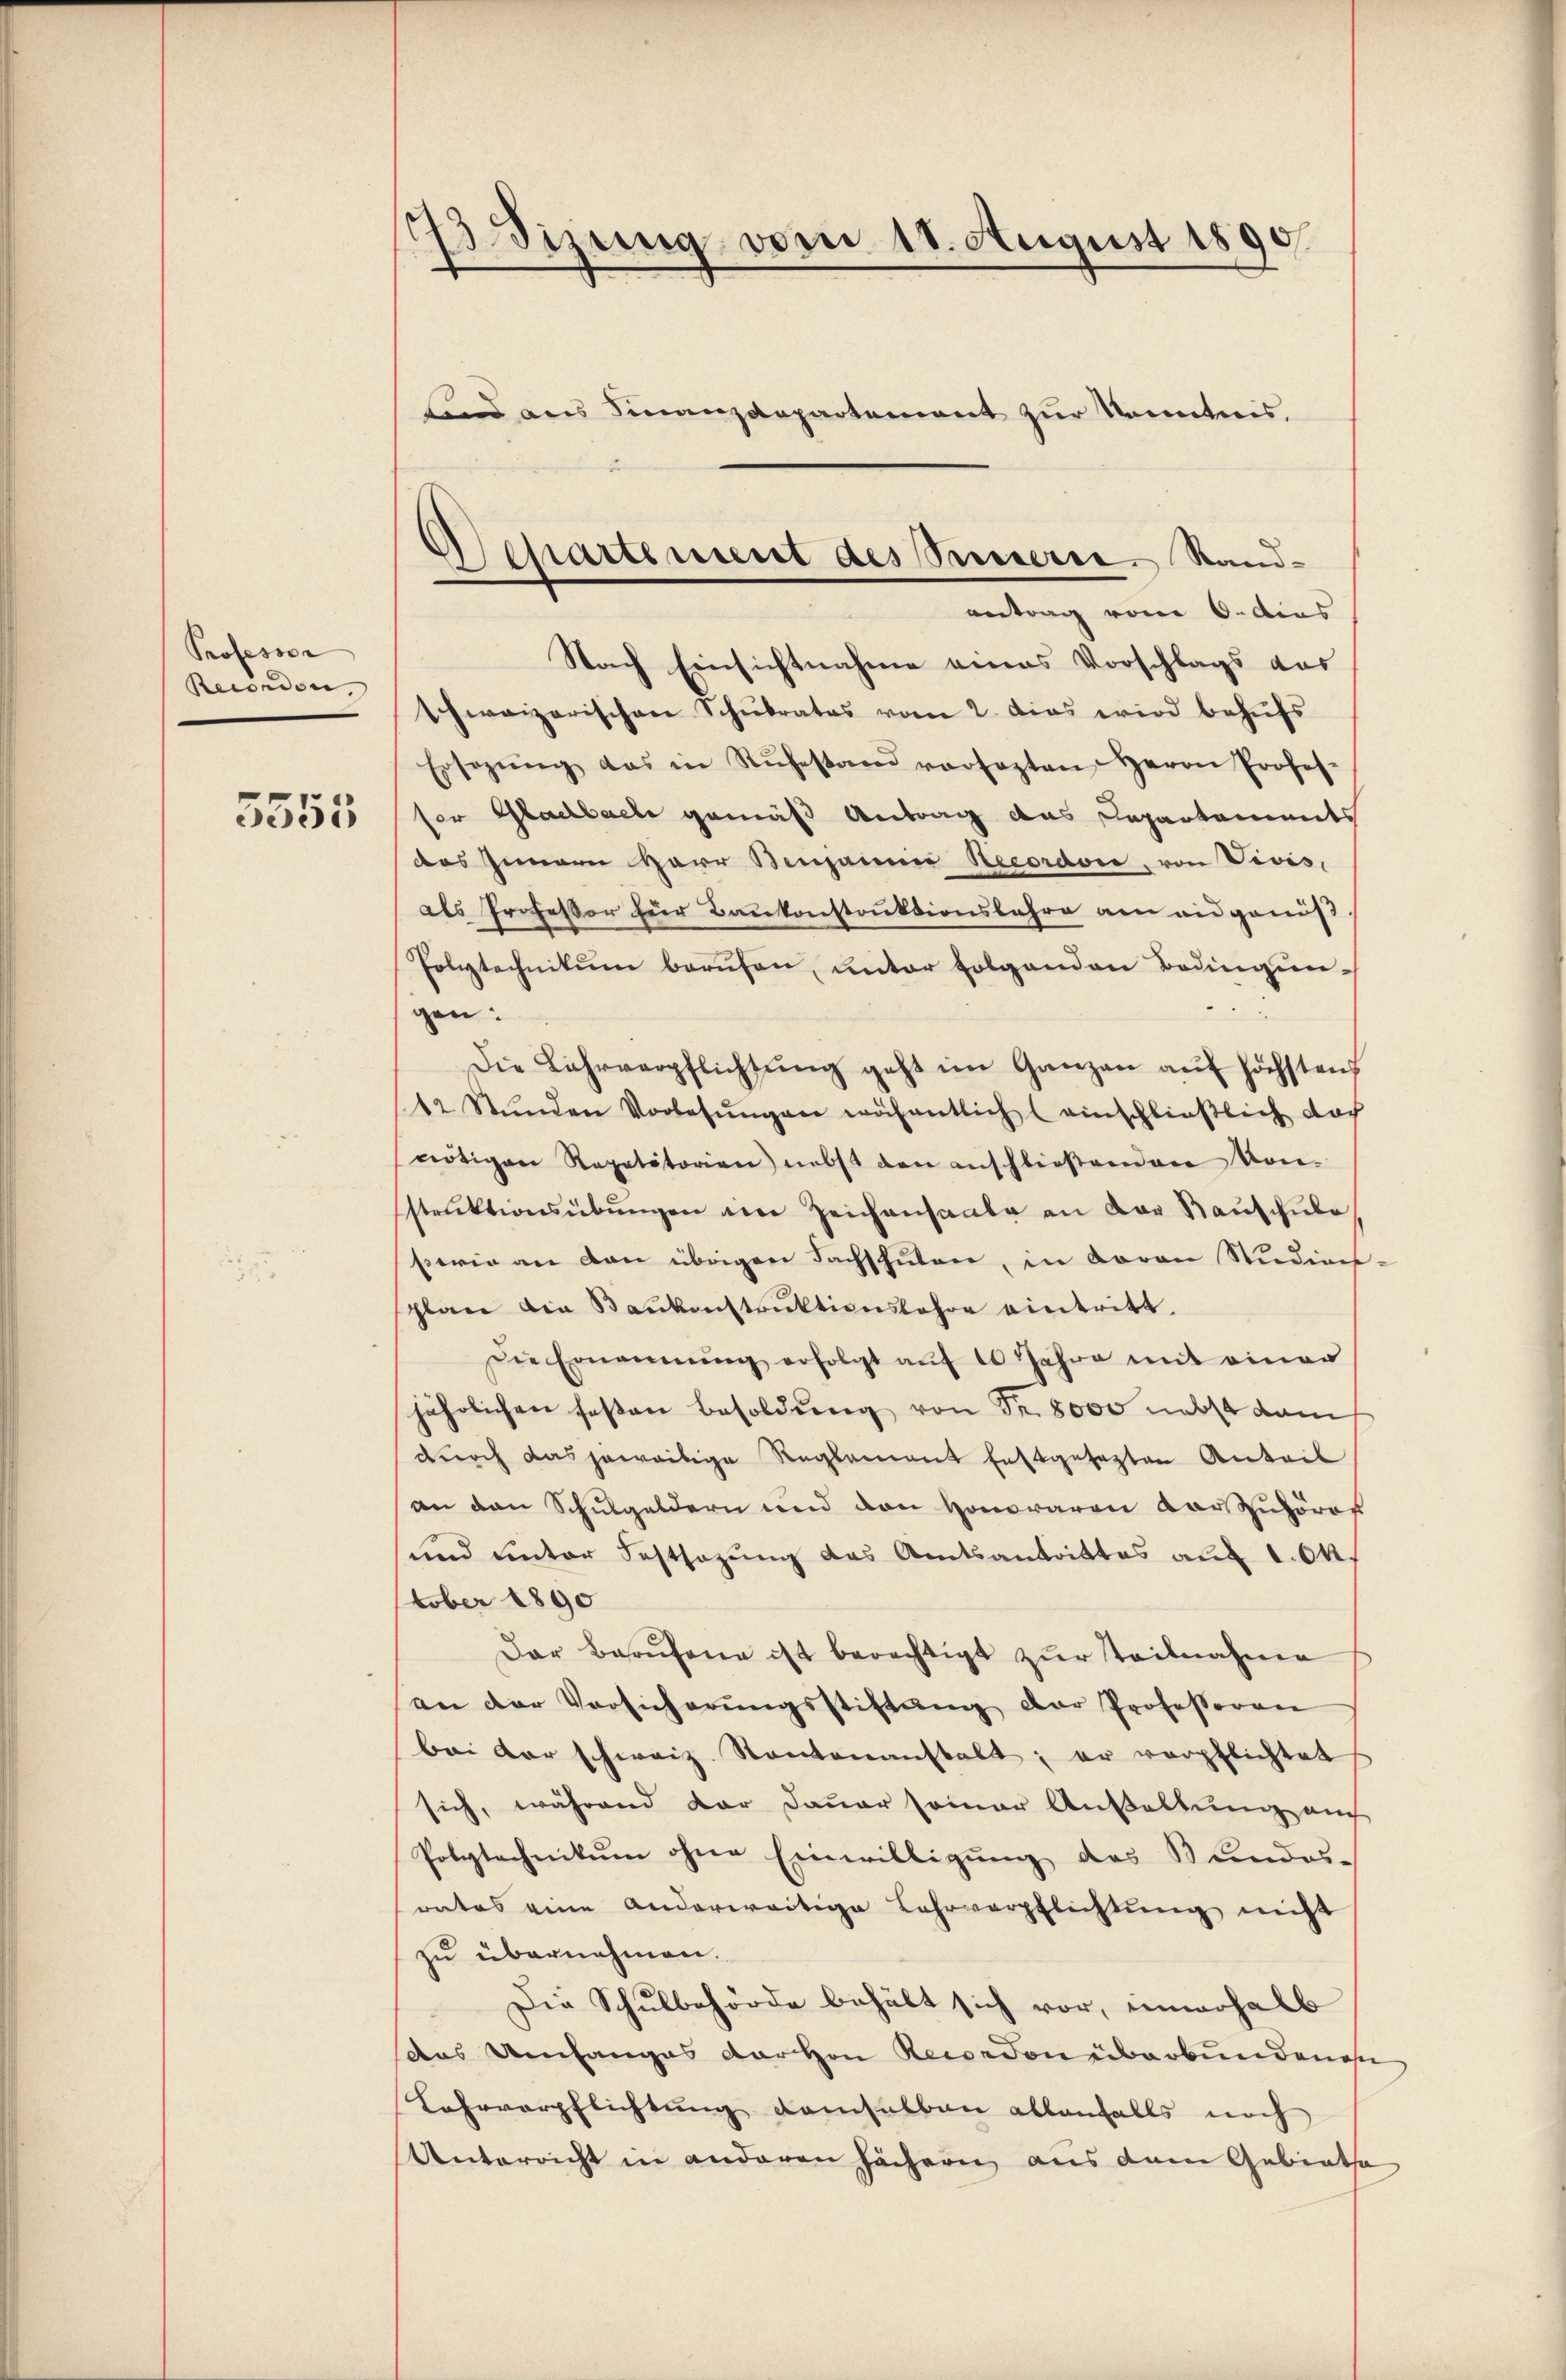
Professor
Recondon,
5555

73 Sizung vom 18. August 1890.
ind aus Finanzdepartement zur Kenntnis.

schweizerischen Schulrates vom 2. Das wird behufs
Ersezŭng das in Rŭhestand versagten Herrn Profes-
fer Gladbach gemäß Antrag das Departements
das Innen Herr Benjannn Recordose, von Vivis,
als Professor für Bankonstruktionsbahre am eidgenöß
Polytechnikum berufen, unter folgenden Bedingun-
gen:
Die Lehrverpflichtŭng geht im Ganzen auf höchsten
12 Stŭnden Vorlesungen wöchentlich (einschließlich doch
nötigen Repetitorien nebst den anschlieβenden von
struktionsübungen am Zeichensaale an der Rauschule
perie an den übrigen Fachschulen, in davon Studiens-
plare die Baŭkonstruktionsfahre eintritt,
Die Ernennung erfolgt aŭf 10 Jahre mit einer
jährlichen festen Besoldŭng von Fr. 8000 nebst dam
durch das jeweitige Reglement festgesezten Anteil
an den Schulgeldern und den Honoraren vorzuhöres
und unter Festsezung das Amtsantrittes auf 1. Ok
tober 1890
Der Berŭfene ist berechtigt zŭr teilnahme
an der Vorsicherŭngsstiftŭng der Professoren
bei der schweiz. Kantonanstalt; er verpflichtet
sich, während dar Dauer seiner Anwaltung auch
Polytechnikum ohne Einwilligung des Stundes-
rates eine anderwärtige Lehrverpflichtung nicht
zu übernehmen.
Die Schulbehörde behält sich vor, innerhalb
das Umfanges darhen Recondon überbundenen
Lahrverpflichtung demselben allenfalls noch
Unterricht in anderen hächern, aus dem Gebiethe

Achartement des Sinnern, Sandantrag vom 6. dies
Nach Einsichtnahme eines Vorschlags aus